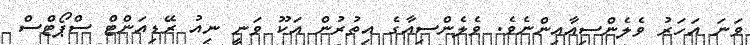
ވަނަ އަހަރު ވެލެންސިއާއިންނެވެ. ވެލެންސިއާގެ އިތުރުން އަކޫ ވަނީ ނިއު ރޭޑިއަންޓް ސްޕޯޓްސް